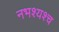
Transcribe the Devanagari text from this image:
नभश्यश्च